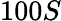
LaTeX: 100S